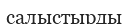
салыстырды